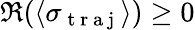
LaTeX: \Re(\langle\sigma_{\mathrm{~t~r~a~j~}}\rangle)\geq 0